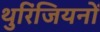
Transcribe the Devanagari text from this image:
थुरिंजियनों